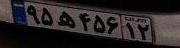
۹۵ه۴۵۶۱۲